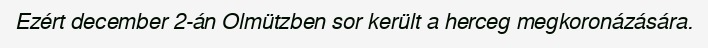
Ezért december 2-án Olmützben sor került a herceg megkoronázására.